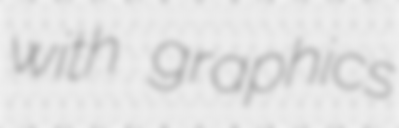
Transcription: with graphics